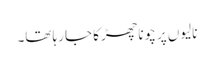
نالیوں پر چونا چھڑکا جا رہا تھا۔